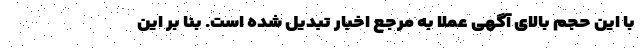
با این حجم بالای آگهی عملا به مرجع اخبار تبدیل شده است. بنا بر این